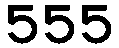
555